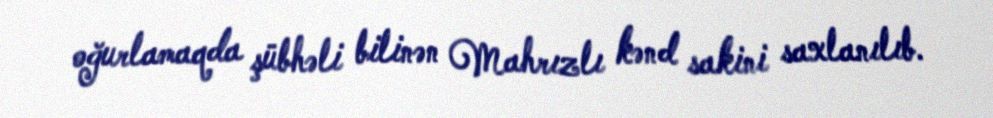
oğurlamaqda şübhəli bilinən Mahrızlı kənd sakini saxlanılıb.